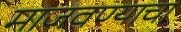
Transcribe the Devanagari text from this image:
माजवण्याचा